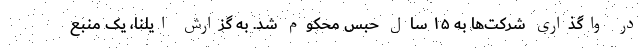
در واگذاری شرکت‌ها به ۱۵ سال حبس محکوم شد. به گزارش ایلنا، یک منبع